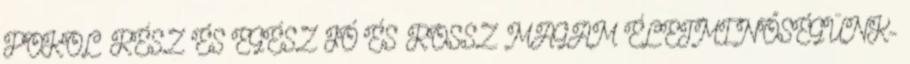
POKOL RÉSZ ÉS EGÉSZ JÓ ÉS ROSSZ MAGAM ÉLETMINŐSÉGÜNK-